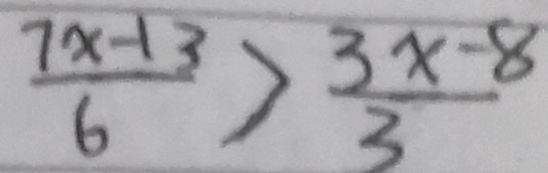
\frac { 7 x - 1 3 } { 6 } > \frac { 3 x - 8 } { 3 }